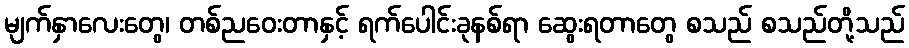
မျက်နှာလေးတွေ၊ တစ်ညဝေးတာနှင့် ရက်ပေါင်းခုနစ်ရာ ဆွေးရတာတွေ စသည် စသည်တို့သည်